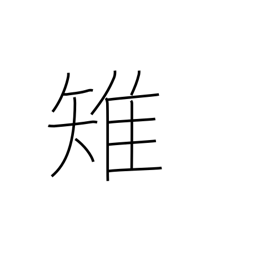
Meaning: pheasant